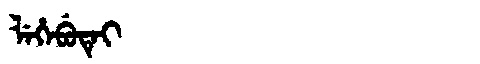
Manchu: ᠯᡝᡥᡝᠪᡠᡨᡝᡳ
Romanization: LEHEBUTEI